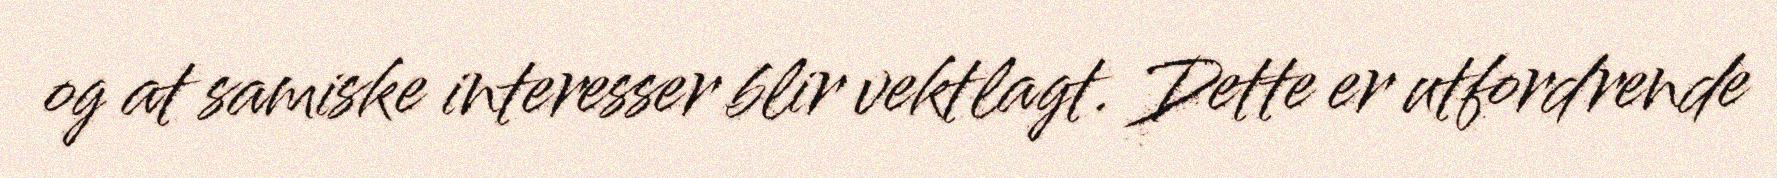
og at samiske interesser blir vektlagt. Dette er utfordrende